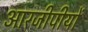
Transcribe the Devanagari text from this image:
आरजीपीयों